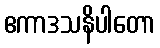
ဧကာဒသနိပါတော